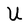
Character: U